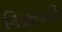
ગિરફતારી